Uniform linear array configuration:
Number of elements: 4
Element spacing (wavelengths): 0.75
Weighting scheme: cosine
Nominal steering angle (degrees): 60
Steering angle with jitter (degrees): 61.202
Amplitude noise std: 0.05
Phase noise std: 0.05

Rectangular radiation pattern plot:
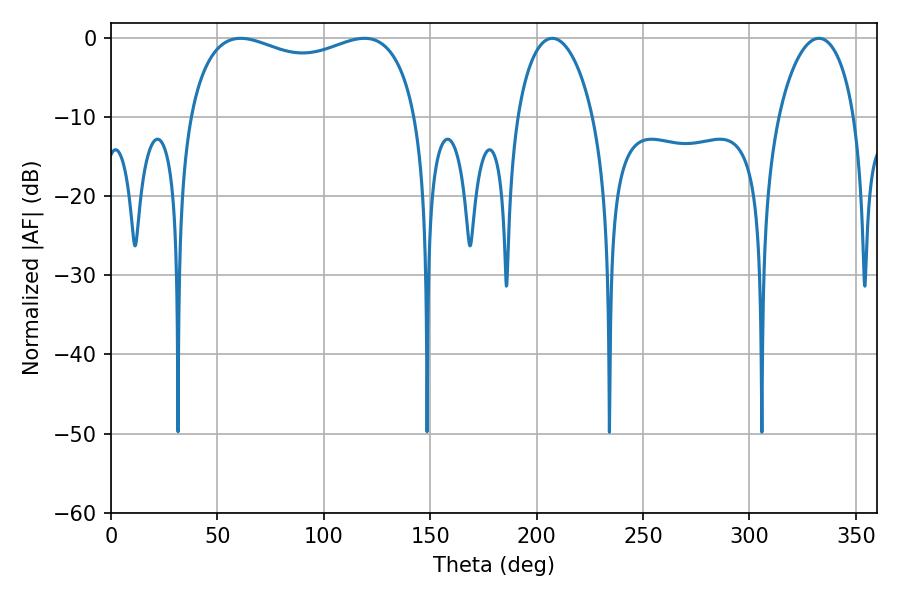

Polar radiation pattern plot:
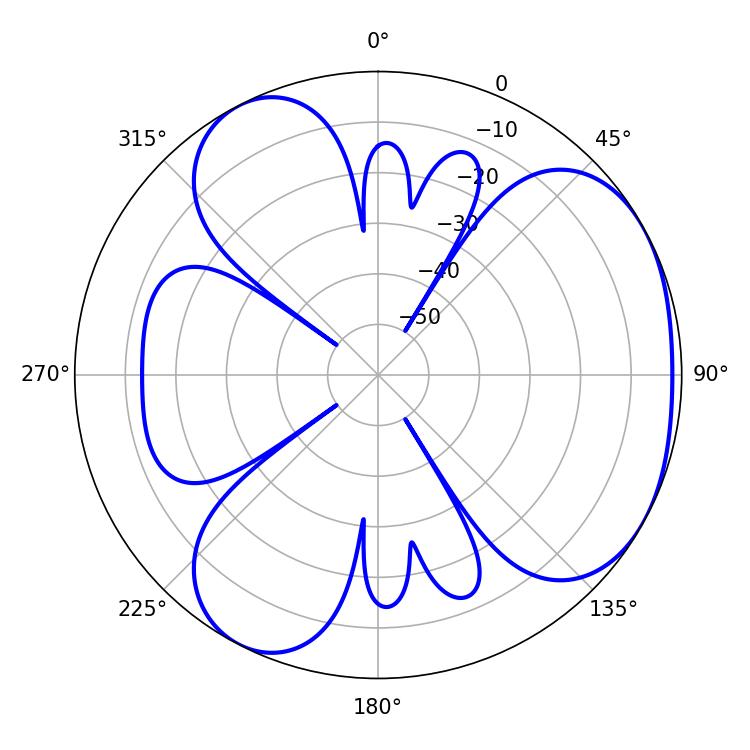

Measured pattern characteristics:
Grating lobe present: TRUE
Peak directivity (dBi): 3.926
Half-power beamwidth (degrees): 20.34
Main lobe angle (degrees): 207.36